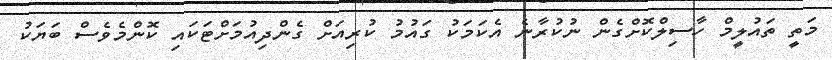
މަތީ ތައުލީމް ހާސިލްކޮށްގެން ނުކުރާނެ އެކަމަކު ގައުމު ކުރިއަށް ގެންދިއުމަށްޓަކައި ކޮންމެވެސް ބަޔަކު